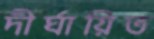
দীর্ঘায়িত